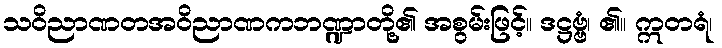
သဝိညာဏတအဝိညာဏကဘဏ္ဍာတို့၏ အစွမ်းဖြင့်။ ဒဋ္ဌဗ္ဗံ၊ ၏။ ဣတရံ၊